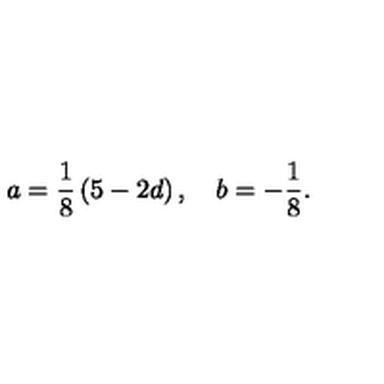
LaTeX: a = \frac { 1 } { 8 } \left( 5 - 2 d \right) , \quad b = - \frac { 1 } { 8 } .